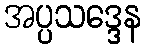
အပ္ပသဒ္ဒေန